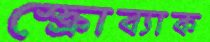
স্ক্রোব্যাক